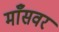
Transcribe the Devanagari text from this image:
माँसवर